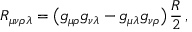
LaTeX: R _ { \mu \nu \rho \lambda } = \bigl ( g _ { \mu \rho } g _ { \nu \lambda } - g _ { \mu \lambda } g _ { \nu \rho } \bigr ) \, \frac { R } { 2 } \, ,